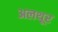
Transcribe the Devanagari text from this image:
अलथूर